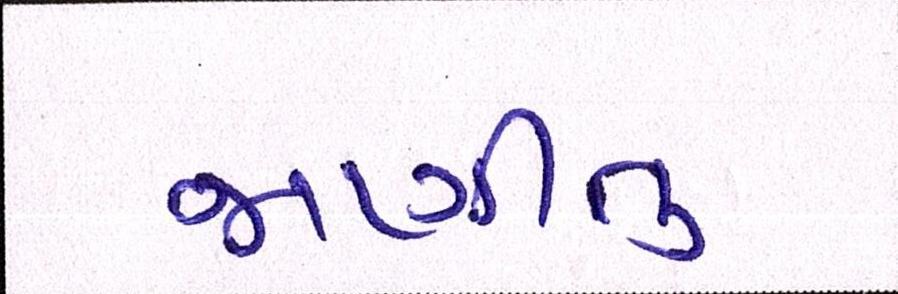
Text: જાણીતુ